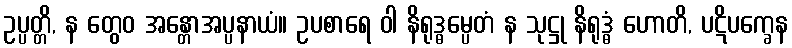
ဥပ္ပတ္တိ, န တွေဝ အန္တောအပ္ပနာယံ။ ဥပစာရေ ဝါ နိရုဒ္ဓမ္ပေတံ န သုဋ္ဌု နိရုဒ္ဓံ ဟောတိ, ပဋိပက္ခေန